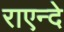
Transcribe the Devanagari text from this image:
राएन्दे